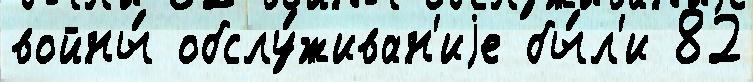
войны́ обслу́живан'иjе бы́л'и 82